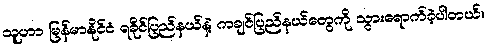
သူဟာ မြန်မာနိုင်ငံ ရခိုင်ပြည်နယ်နဲ့ ကချင်ပြည်နယ်တွေကို သွားရောက်ခဲ့ပါတယ်။